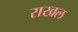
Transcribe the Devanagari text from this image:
राखल